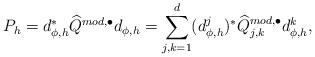
LaTeX: \begin{align*} P_{h} = d_{\phi , h}^{*} \widehat{Q}^{mod , \bullet} d_{\phi , h} = \sum_{j , k = 1}^{d} ( d_{\phi , h}^{j} )^{*} \widehat{Q}^{mod , \bullet}_{j , k} d_{\phi , h}^{k} ,\end{align*}